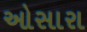
ઓસારા